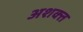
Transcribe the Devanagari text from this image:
अशक्‍त